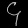
Digit: ၄